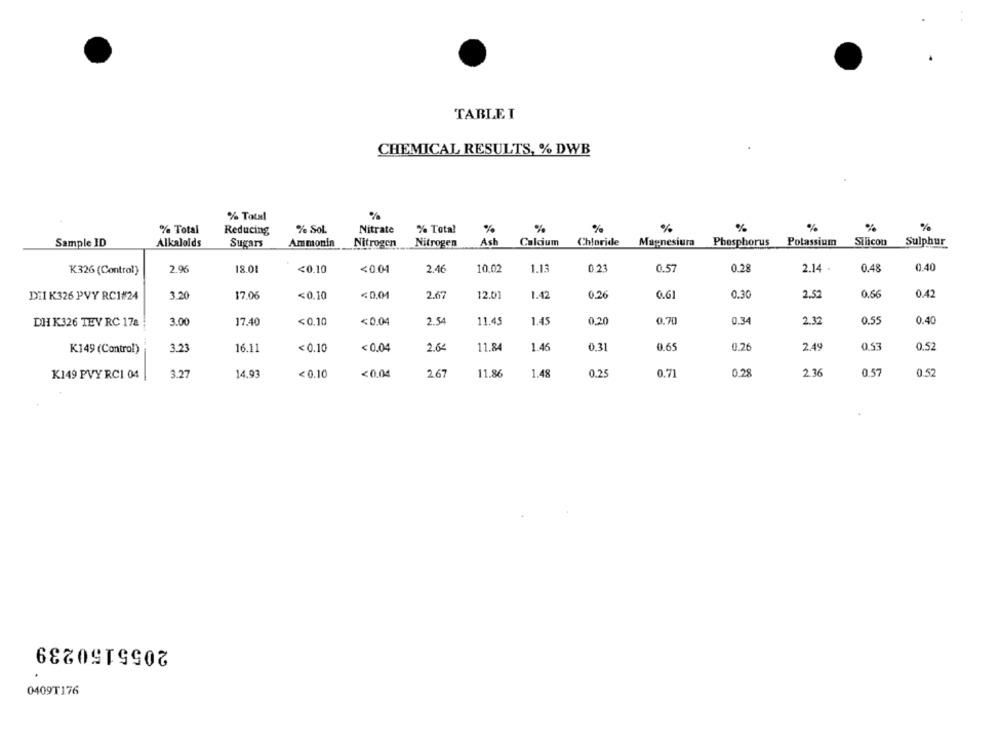
TABLE I
CHEMICAL RESULTS, % DWB
% Total
% Total
Reducing
% Sol.
Nitrate
% Total
%
%
%
%
%
%
Sample ID
Alkaloids
Sugars
Ammonia
Nitrogen
Nitrogen
Ash
Calcium
Chloride
Magnesiura Phosphorus Potassium Silicon Sulphur
18.01
10,02
1.13
0.21
0.2
2.14 .
0.48
0.40
K326 (Control)
2.96
<0.10
<0.04
2.46
0.57
DII K326 PVY RC1#24
3.20
17.06
<0.10
<0,01
2.6
12.01
1.42
0.26
0.61
0.30
2.52
0.66
0.42
2.54
0.20
0.7
0.34
0.55
0.40
DH K326 TEV RC 178
3.00
17.40
<0.10
<0.04
11.45
1.45
2.32
K149 (Control)
3.23
16.11
<0.10
< 0.04
2.64
11.84
1.46
0.31
0.65
0.26
2.49
0.53
0.52
2.36
0.57
K149 PVY RCI 04
3.27
14.93
<0.10
<0.04
2.67
11.86
1.48
0.25
0.71
0.28
0.52
2055150239
0409T176